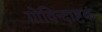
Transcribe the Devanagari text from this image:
गोविन्दाष्टकं